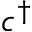
c ^ { \dagger }